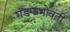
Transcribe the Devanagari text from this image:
मंडपाभोवती